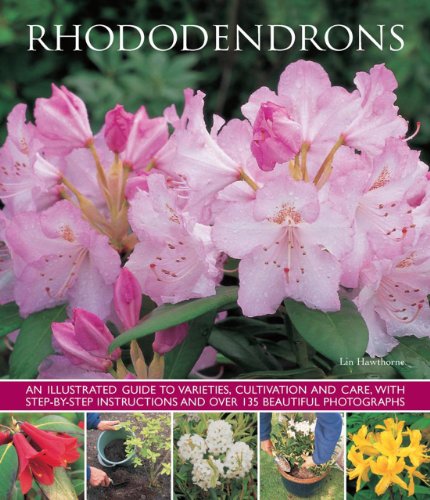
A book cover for Rhododendrons: An illustrated guide to varieties, cultivation and care, with step-by-step instructions and over 135 beautiful photographs; Lin Hawthorne; Crafts, Hobbies & Home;